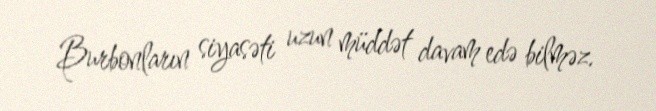
Burbonların siyasəti uzun müddət davam edə bilməz.